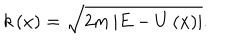
k \left( x \right) = \sqrt { 2 m \left| E - U \left( x \right) \right| } .